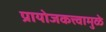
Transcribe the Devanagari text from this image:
प्रायोजकत्त्वामुळे